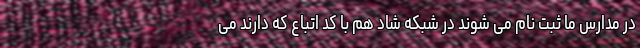
در مدارس ما ثبت نام می شوند در شبکه شاد هم با کد اتباع که دارند می